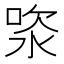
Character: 𣵯